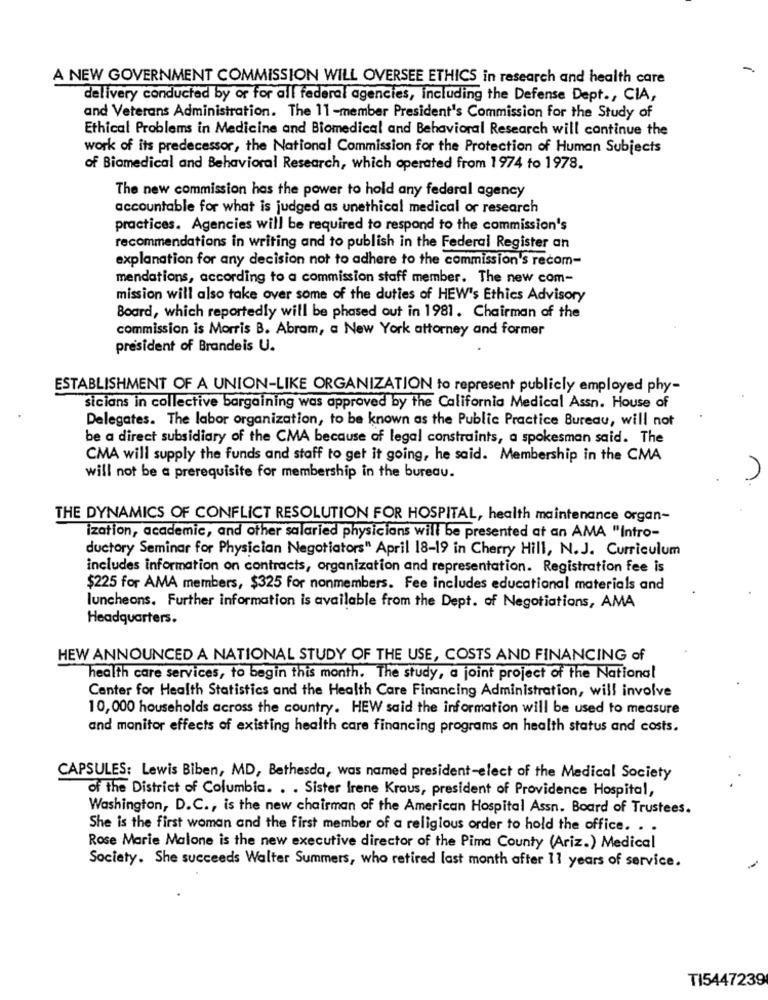
-
A NEW GOVERNMENT COMMISSION WILL OVERSEE ETHICS in research and health care
delivery conducted by or for all federal agencies, including the Defense Dept ., CIA,
and Veterans Administration. The 11-member President's Commission for the Study of
Ethical Problems in Medicine and Biomedical and Behavioral Research will continue the
work of its predecessor, the National Commission for the Protection of Human Subjects
of Biomedical and Behavioral Research, which operated from 1974 to 1978.
The new commission has the power to hold any federal agency
accountable for what is judged as unethical medical or research
practices. Agencies will be required to respond to the commission's
recommendations in writing and to publish in the Federal Register an
explanation for any decision not to adhere to the commission's recom-
mendations, according to a commission staff member. The new com-
mission will also take over some of the duties of HEW's Ethics Advisory
Board, which reportedly will be phased out in 1981. Chairman of the
commission is Morris B. Abram, a New York attorney and former
president of Brandeis U.
ESTABLISHMENT OF A UNION-LIKE ORGANIZATION to represent publicly employed phy-
sicians in collective bargaining was approved by the California Medical Assn. House of
Delegates. The labor organization, to be known as the Public Practice Bureau, will not
be a direct subsidiary of the CMA because of legal constraints, a spokesman said. The
CMA will supply the funds and staff to get it going, he said. Membership in the CMA
will not be a prerequisite for membership in the bureau.
n.
THE DYNAMICS OF CONFLICT RESOLUTION FOR HOSPITAL, health maintenance organ-
ization, academic, and other salaried physicians will be presented at an AMA "Intro-
ductory Seminar for Physician Negotiators" April 18-19 in Cherry Hill, N.J. Curriculum
includes information on contracts, organization and representation. Registration fee is
$225 for AMA members, $325 for nonmembers. Fee includes educational materials and
luncheons. Further information is available from the Dept. of Negotiations, AMA
Headquarters.
HEW ANNOUNCED A NATIONAL STUDY OF THE USE, COSTS AND FINANCING of
health care services, to begin this month. The study, a joint project of the National
Center for Health Statistics and the Health Care Financing Administration, will involve
10, 000 households across the country. HEW said the information will be used to measure
and monitor effects of existing health care financing programs on health status and costs.
CAPSULES: Lewis Biben, MD, Bethesda, was named president-elect of the Medical Society
of the District of Columbia. . . Sister Irene Kraus, president of Providence Hospital,
Washington, D.C ., is the new chairman of the American Hospital Assn. Board of Trustees.
She is the first woman and the first member of a religious order to hold the office. . .
Rose Marie Malone is the new executive director of the Pima County (Ariz.) Medical
Society. She succeeds Walter Summers, who retired last month after 11 years of service.
-
TI5447239